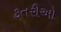
કતરીઓ